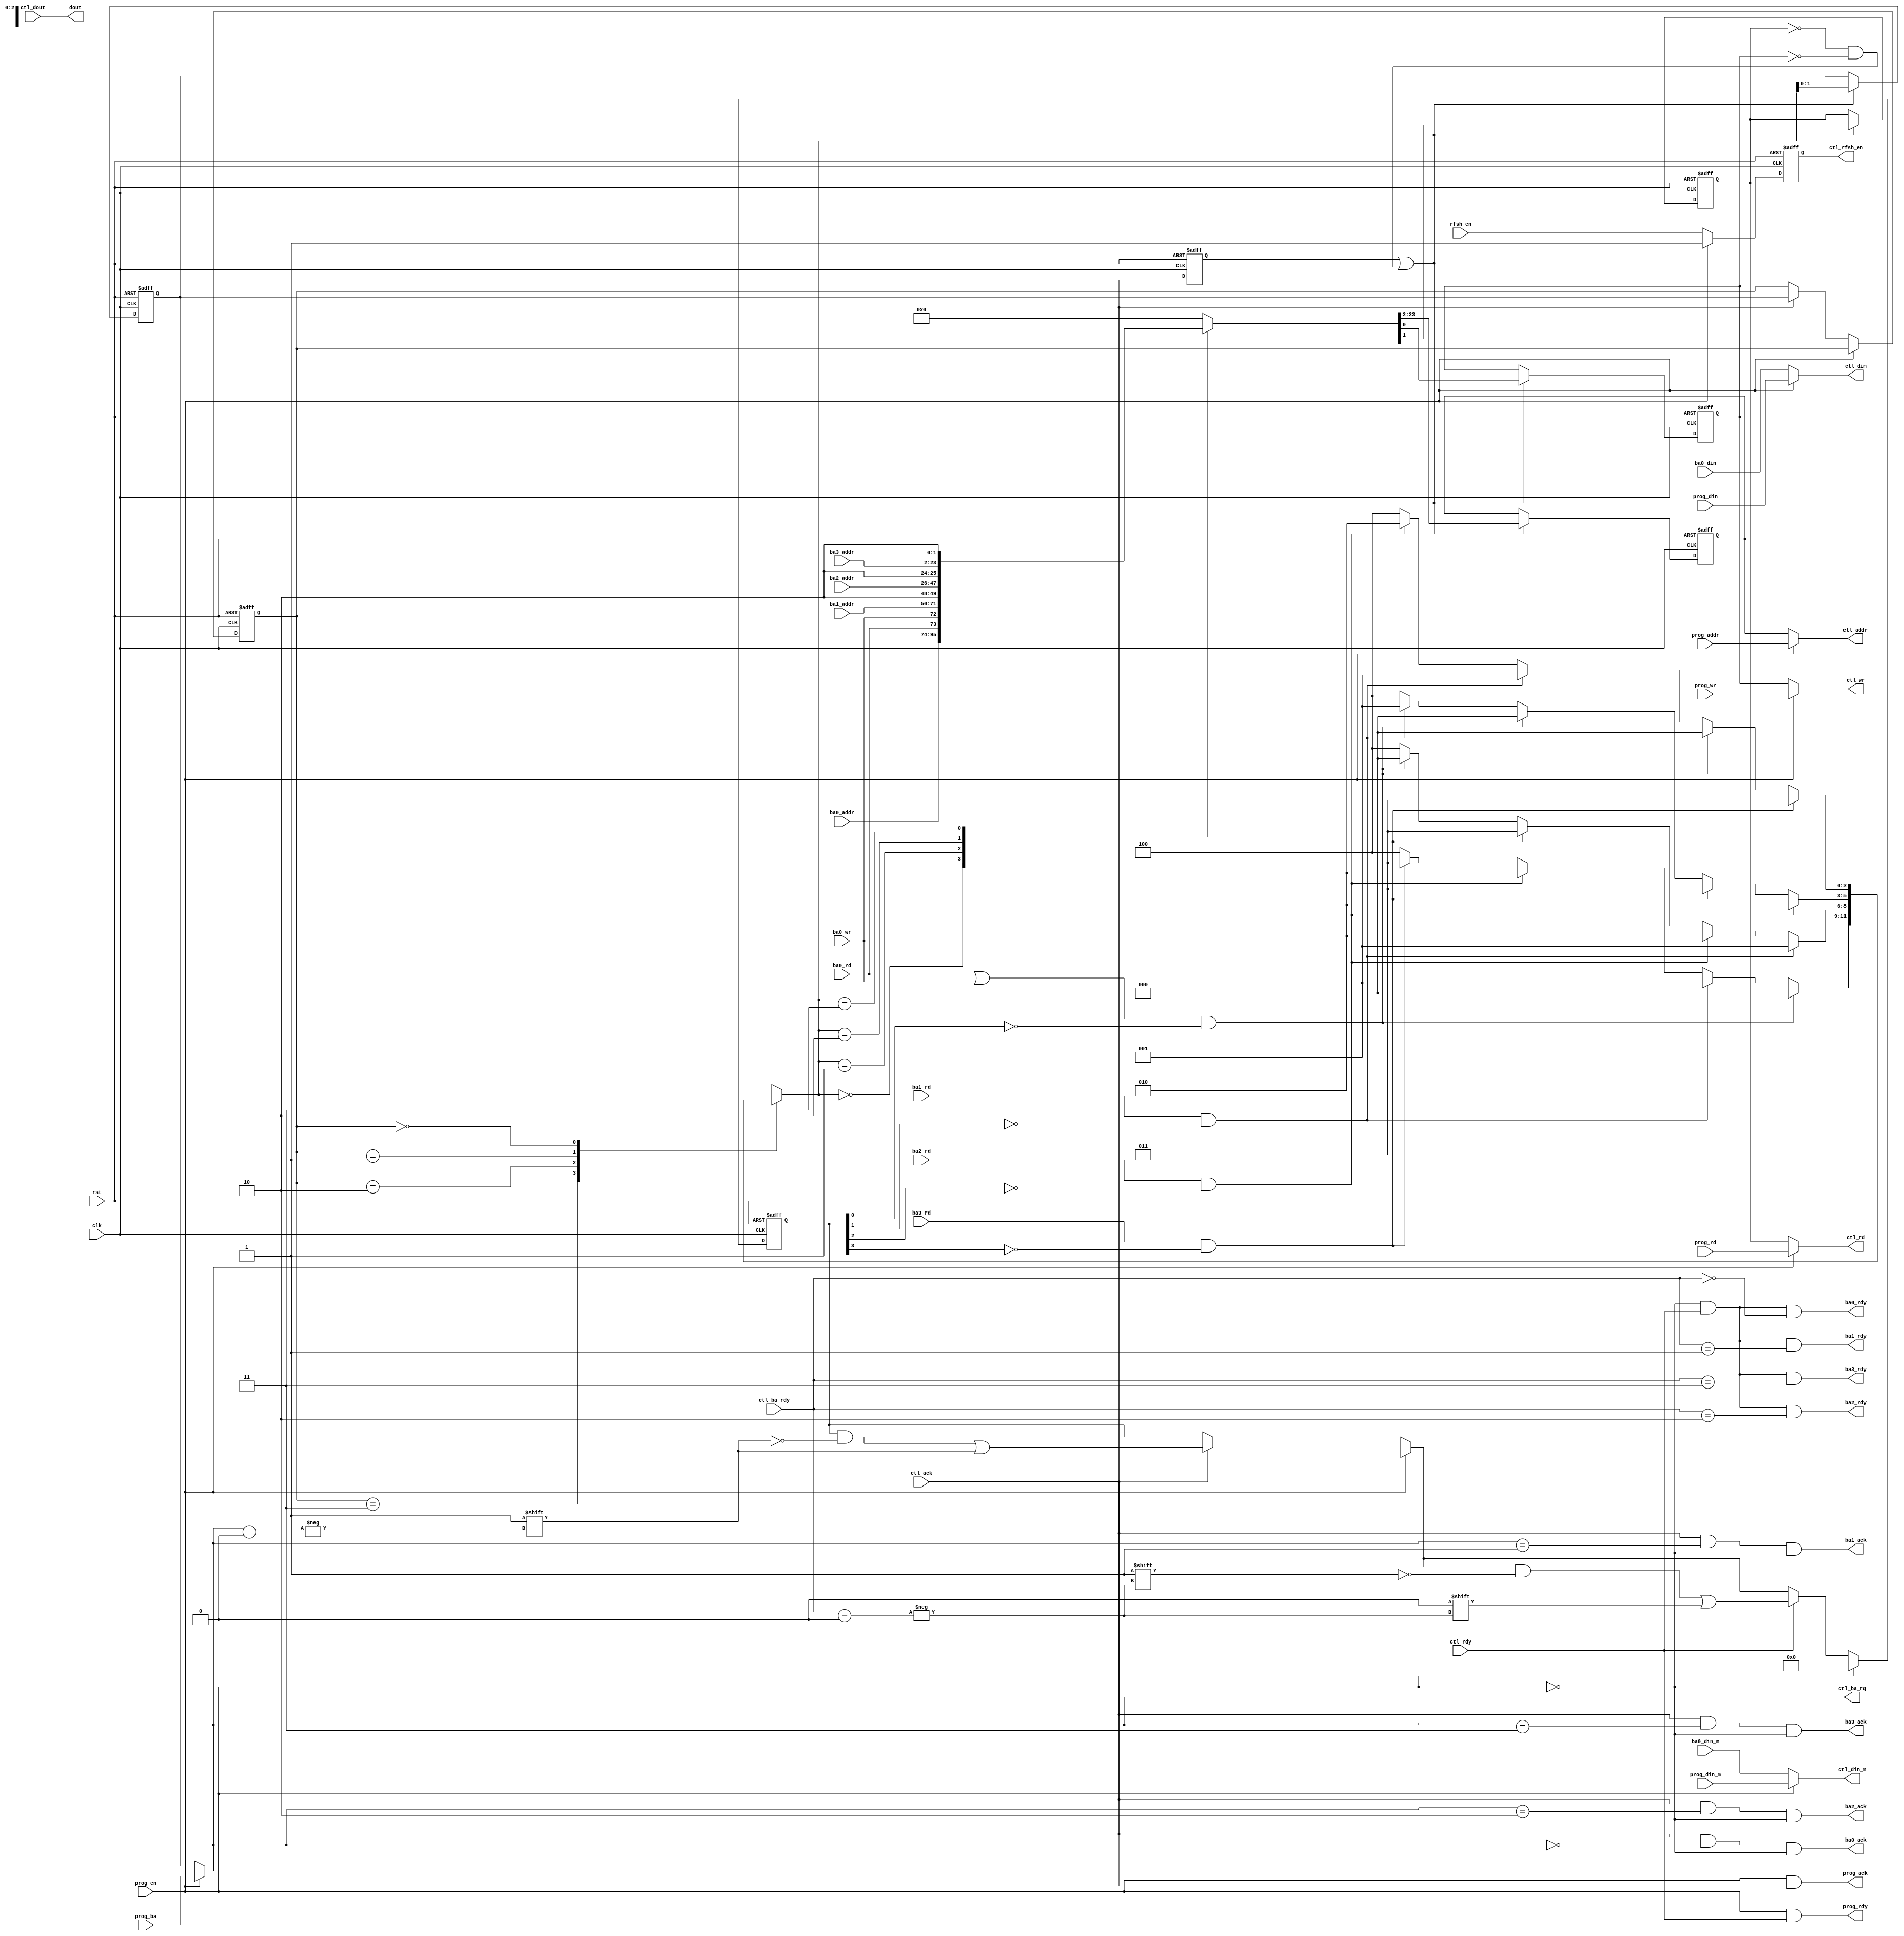
/*  This file is part of JTFRAME.
    JTFRAME program is free software: you can redistribute it and/or modify
    it under the terms of the GNU General Public License as published by
    the Free Software Foundation, either version 3 of the License, or
    (at your option) any later version.

    JTFRAME program is distributed in the hope that it will be useful,
    but WITHOUT ANY WARRANTY; without even the implied warranty of
    MERCHANTABILITY or FITNESS FOR A PARTICULAR PURPOSE.  See the
    GNU General Public License for more details.

    You should have received a copy of the GNU General Public License
    along with JTFRAME.  If not, see <http://www.gnu.org/licenses/>.

    Author: Jose Tejada Gomez. Twitter: @topapate
    Version: 1.0
    Date: 30-11-2020 */


// Macros used
// JTFRAME_SDRAM_BWAIT      0-15    adds extra wait cycles in between requests
// JTFRAME_SDRAM_MUXLATCH           enables an extra latch stage to the SDRAM core
//                                  If HF parameter is set, the extra stage is always added
//                                  as it doesn't impact latency in that case.
// JTFRAME_SDRAM_REPACK             enables an extra latch stage to the game core

`ifndef JTFRAME_SDRAM_BWAIT
`define JTFRAME_SDRAM_BWAIT 0
`endif

module jtframe_sdram_bank_mux #(
    parameter AW=22,
              HF=1      // 1 for HF operation (idle cycles), 0 for LF operation
                        // HF operation starts at 66.6MHz (1/15ns)
) (
    input               rst,
    input               clk,

    // Bank 0: allows R/W
    input      [AW-1:0] ba0_addr,
    input               ba0_rd,
    input               ba0_wr,
    input      [  15:0] ba0_din,
    input      [   1:0] ba0_din_m,  // write mask
    output reg          ba0_rdy,
    output              ba0_ack,

    // Bank 1: Read only
    input      [AW-1:0] ba1_addr,
    input               ba1_rd,
    output reg          ba1_rdy,
    output              ba1_ack,

    // Bank 2: Read only
    input      [AW-1:0] ba2_addr,
    input               ba2_rd,
    output reg          ba2_rdy,
    output              ba2_ack,

    // Bank 3: Read only
    input      [AW-1:0] ba3_addr,
    input               ba3_rd,
    output reg          ba3_rdy,
    output              ba3_ack,

    // ROM downloading
    input               prog_en,
    input      [AW-1:0] prog_addr,
    input      [   1:0] prog_ba,     // bank
    input               prog_rd,
    input               prog_wr,
    input      [  15:0] prog_din,
    input      [   1:0] prog_din_m,  // write mask
    output reg          prog_rdy,
    output              prog_ack,

    // Signals to SDRAM controller
    output     [AW-1:0] ctl_addr,
    output              ctl_rd,
    output              ctl_wr,
    output         reg  ctl_rfsh_en,   // ok to refresh
    output     [   1:0] ctl_ba_rq,
    input               ctl_ack,
    input               ctl_rdy,
    input      [   1:0] ctl_ba_rdy,
    output     [  15:0] ctl_din,
    output     [   1:0] ctl_din_m,  // write mask
    input      [  31:0] ctl_dout,

    // Common signals
    input               rfsh_en,   // ok to refresh
    output reg [  31:0] dout
);

localparam       RQW=AW+2+2, FFW=RQW*3;
localparam [4:0] BWAIT    = `JTFRAME_SDRAM_BWAIT;
localparam       BWAIT_EN = BWAIT != 5'd0;

// Adds an extra cycle of latency. Use if needed to meet timing constraints
`ifdef JTFRAME_SDRAM_MUXLATCH
localparam MUXLATCH = 1;
`else
localparam MUXLATCH = HF;
`endif

reg  [RQW-1:0] mux_data;
reg  [ AW-1:0] fifo_addr;
reg  [    2:0] ba_sel;
reg            fifo_rd, fifo_wr;
reg  [    1:0] fifo_ba, ba_last;
wire           ba0_rq;
reg  [    3:0] queue;
reg  [    4:0] bwait;

assign ba0_rq  = ba0_rd | ba0_wr;
assign prog_ack= prog_en & ctl_ack;

assign ba0_ack = ctl_ack && ctl_ba_rq==2'd0 && !prog_en;
assign ba1_ack = ctl_ack && ctl_ba_rq==2'd1 && !prog_en;
assign ba2_ack = ctl_ack && ctl_ba_rq==2'd2 && !prog_en;
assign ba3_ack = ctl_ack && ctl_ba_rq==2'd3 && !prog_en;


// Multiplexer to select programming or regular inputs
assign ctl_addr    = prog_en ? prog_addr : fifo_addr;
assign ctl_rd      = prog_en ? prog_rd   : fifo_rd;
assign ctl_wr      = prog_en ? prog_wr   : fifo_wr;
assign ctl_ba_rq   = prog_en ? prog_ba   : fifo_ba;
assign ctl_din     = prog_en ? prog_din  : ba0_din;
assign ctl_din_m   = prog_en ? prog_din_m: ba0_din_m;

generate
    if( MUXLATCH ) begin
        reg post_ack;

        always @(posedge clk, posedge rst) begin
            if( rst ) begin
                { fifo_addr, fifo_rd, fifo_wr, fifo_ba } <= {RQW{1'b0}};
                post_ack <= 0;
                bwait    <= 5'd0;
            end else begin
                post_ack <= ctl_ack;
                if( post_ack || (!fifo_rd && !fifo_wr) )
                    { fifo_addr, fifo_rd, fifo_wr, fifo_ba } <= mux_data;
                if( (ctl_rdy || ctl_ack || bwait!=5'd0) && BWAIT_EN )
                    bwait <= bwait<BWAIT ? bwait + 5'd1 : 5'd0;
            end
        end
    end else begin
        initial bwait = 5'd0;
        always @(mux_data) { fifo_addr, fifo_rd, fifo_wr, fifo_ba } = mux_data;
    end
endgenerate

`ifdef JTFRAME_SDRAM_REPACK
always @(posedge clk, posedge rst ) begin
    if( rst )begin
        ba0_rdy <= 0;
        ba1_rdy <= 0;
        ba2_rdy <= 0;
        ba3_rdy <= 0;
        dout    <= 32'd0;
    end else begin
        if( prog_en || !ctl_rdy ) begin
            ba0_rdy <= 0;
            ba1_rdy <= 0;
            ba2_rdy <= 0;
            ba3_rdy <= 0;
        end else begin
            ba0_rdy <= ctl_ba_rdy==2'd0;
            ba1_rdy <= ctl_ba_rdy==2'd1;
            ba2_rdy <= ctl_ba_rdy==2'd2;
            ba3_rdy <= ctl_ba_rdy==2'd3;
        end
        prog_rdy <= prog_en && ctl_rdy;
        dout     <= ctl_dout;
    end
end
`else
always @(*) begin
    ba0_rdy = !prog_en && ctl_rdy && ctl_ba_rdy==2'd0;
    ba1_rdy = !prog_en && ctl_rdy && ctl_ba_rdy==2'd1;
    ba2_rdy = !prog_en && ctl_rdy && ctl_ba_rdy==2'd2;
    ba3_rdy = !prog_en && ctl_rdy && ctl_ba_rdy==2'd3;
    prog_rdy=  prog_en && ctl_rdy;
    dout    = ctl_dout;
end

`endif

// Produce one refresh cycle after each programming write
always @(posedge clk, posedge rst ) begin
    if( rst )
        ctl_rfsh_en <= 0;
    else begin
        `ifndef JTFRAME_SDRAM_NO_DWNRFSH
        if( prog_en )
            ctl_rfsh_en <= 1;
        else
        `endif
            ctl_rfsh_en <= rfsh_en;
    end
end

always @(*) begin
    // mux selector
    ba_sel = 3'b100;
    case( ba_last )
        2'd3: begin
            if( ba0_rq && !queue[0] ) ba_sel=3'd0;
            else if( ba1_rd && !queue[1] ) ba_sel=3'd1;
            else if( ba2_rd && !queue[2] ) ba_sel=3'd2;
            else if( ba3_rd && !queue[3] ) ba_sel=3'd3;
        end
        2'd2: begin
            if( ba1_rd && !queue[1] ) ba_sel=3'd1;
            else if( ba2_rd && !queue[2] ) ba_sel=3'd2;
            else if( ba3_rd && !queue[3] ) ba_sel=3'd3;
            else if( ba0_rq && !queue[0] ) ba_sel=3'd0;
        end
        2'd1: begin
            if( ba2_rd && !queue[2] ) ba_sel=3'd2;
            else if( ba3_rd && !queue[3] ) ba_sel=3'd3;
            else if( ba0_rq && !queue[0] ) ba_sel=3'd0;
            else if( ba1_rd && !queue[1] ) ba_sel=3'd1;
        end
        2'd0: begin
            if( ba3_rd && !queue[3] ) ba_sel=3'd3;
            else if( ba0_rq && !queue[0] ) ba_sel=3'd0;
            else if( ba1_rd && !queue[1] ) ba_sel=3'd1;
            else if( ba2_rd && !queue[2] ) ba_sel=3'd2;
        end
    endcase // lfsr[7:6]
    // mux output
    mux_data[1:0] = ba_sel[1:0];
    case( ba_sel )
        3'd0: mux_data[RQW-1:2] = { ba0_addr, ba0_rd, ba0_wr };
        3'd1: mux_data[RQW-1:2] = { ba1_addr, 2'b10 };
        3'd2: mux_data[RQW-1:2] = { ba2_addr, 2'b10 };
        3'd3: mux_data[RQW-1:2] = { ba3_addr, 2'b10 };
        default: mux_data[RQW-1:2] = {RQW-2{1'd0}};
    endcase
    if( BWAIT_EN && bwait!=5'd0 ) mux_data = {RQW-2{1'd0}};
end

always @(posedge clk, posedge rst) begin
    if( rst ) begin
        queue   <= 4'd0;
        ba_last <= 2'd0;
    end else begin
        if( prog_en ) begin
            queue <= 4'd0;
        end else begin
            if( ctl_ack ) begin
                ba_last <= fifo_ba;
                queue[ ctl_ba_rq ] <= 1;
            end
            if( ctl_rdy ) begin
                queue[ ctl_ba_rdy] <= 0;
            end
        end
    end
end

endmodule